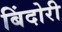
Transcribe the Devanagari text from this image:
बिंदोरी